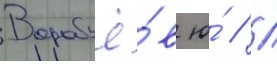
Воробьё́в ю́ // Л